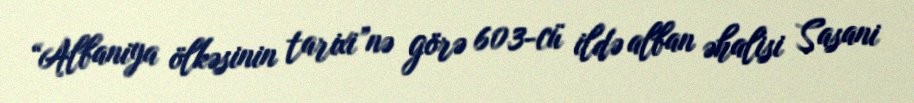
“Albaniya ölkəsinin tarixi”nə görə 603-cü ildə alban əhalisi Sasani